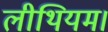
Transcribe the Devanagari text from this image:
लीथियम।